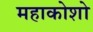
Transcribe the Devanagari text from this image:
महाकोशो